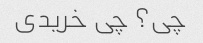
چی؟ چی خریدی